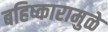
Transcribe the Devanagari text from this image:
बहिष्कारामुळे